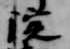
院